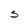
Character: S